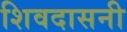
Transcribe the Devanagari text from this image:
शिवदासनी